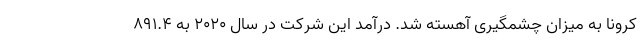
کرونا به میزان چشمگیری آهسته شد. درآمد این شرکت در سال ۲۰۲۰ به ۸۹۱.۴